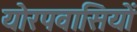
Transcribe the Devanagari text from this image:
योरपवासियों